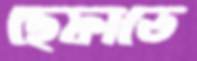
ছেফাতে